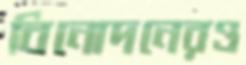
বিনোদনেরও